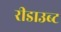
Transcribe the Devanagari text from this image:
रीडाउब्ट